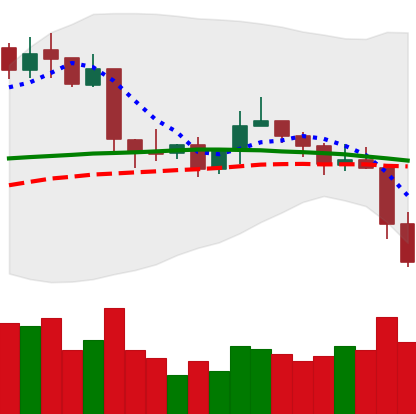
Ticker: XRP-USD
Chart end date: 2019-04-25
Forward return: 6.943%
Label: up_5_7